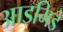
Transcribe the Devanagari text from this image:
आडमिडे